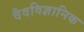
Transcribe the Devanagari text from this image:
वैवविज्ञानिक